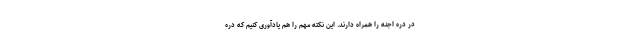
در دره اجنه را همراه دارند. این نکته مهم را هم یادآوری کنیم که دره